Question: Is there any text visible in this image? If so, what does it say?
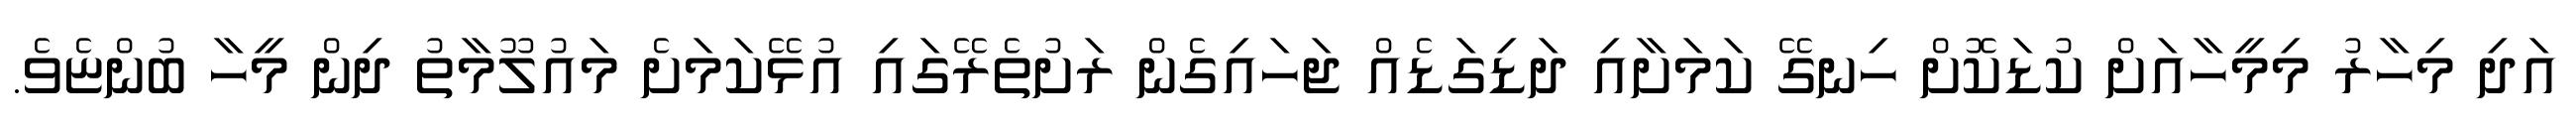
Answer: އަދި މިހާރު މިމީހާއަށް ކުޑަކޮށް ހިނގޭ ކަމަށާއި ދަޑިގަޑެއް ޖަހައިގެން ރަށުތެރޭގައި އުޅޭކަމަށެ މައުލޫމާތު ދިން މީހާ ބުންޏެވެ.